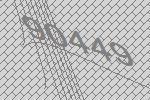
90449